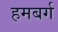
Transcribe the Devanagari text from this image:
हमबर्ग